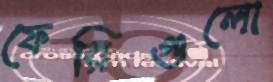
ফেরিগুলো